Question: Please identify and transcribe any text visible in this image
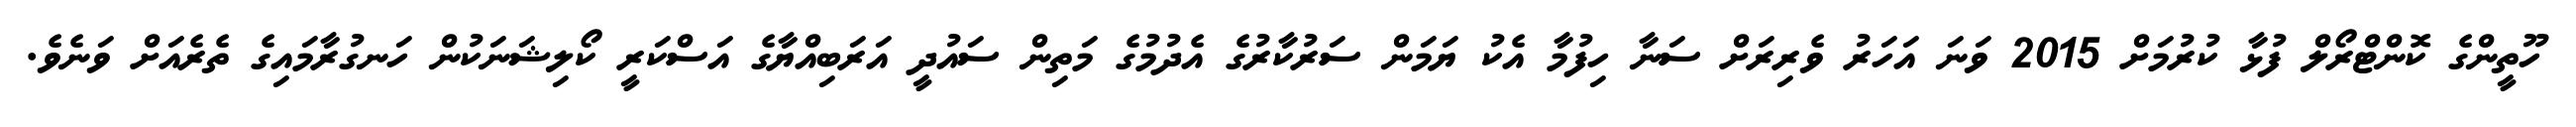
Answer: ހޫތީންގެ ކޮންޓްރޯލް ފުޅާ ކުރުމަށް 2015 ވަނަ އަހަރު ވެރިރަށް ސަނާ ހިފުމާ އެކު ޔަމަން ސަރުކާރުގެ އެދުމުގެ މަތިން ސައުދީ އަރަބިއްޔާގެ އަސްކަރީ ކޯލިޝަނަކުން ހަނގުރާމައިގެ ތެރެއަށް ވަނެވެ.